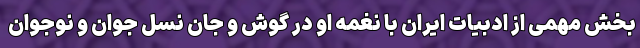
بخش مهمی از ادبیات ایران با نغمه او در گوش و جان نسل جوان و نوجوان